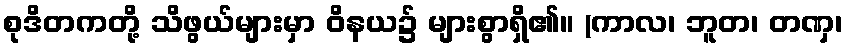
စုဒိတကတို့ သိဖွယ်များမှာ ဝိနယ၌ များစွာရှိ၏။ (ကာလ၊ ဘူတ၊ တဏှ၊